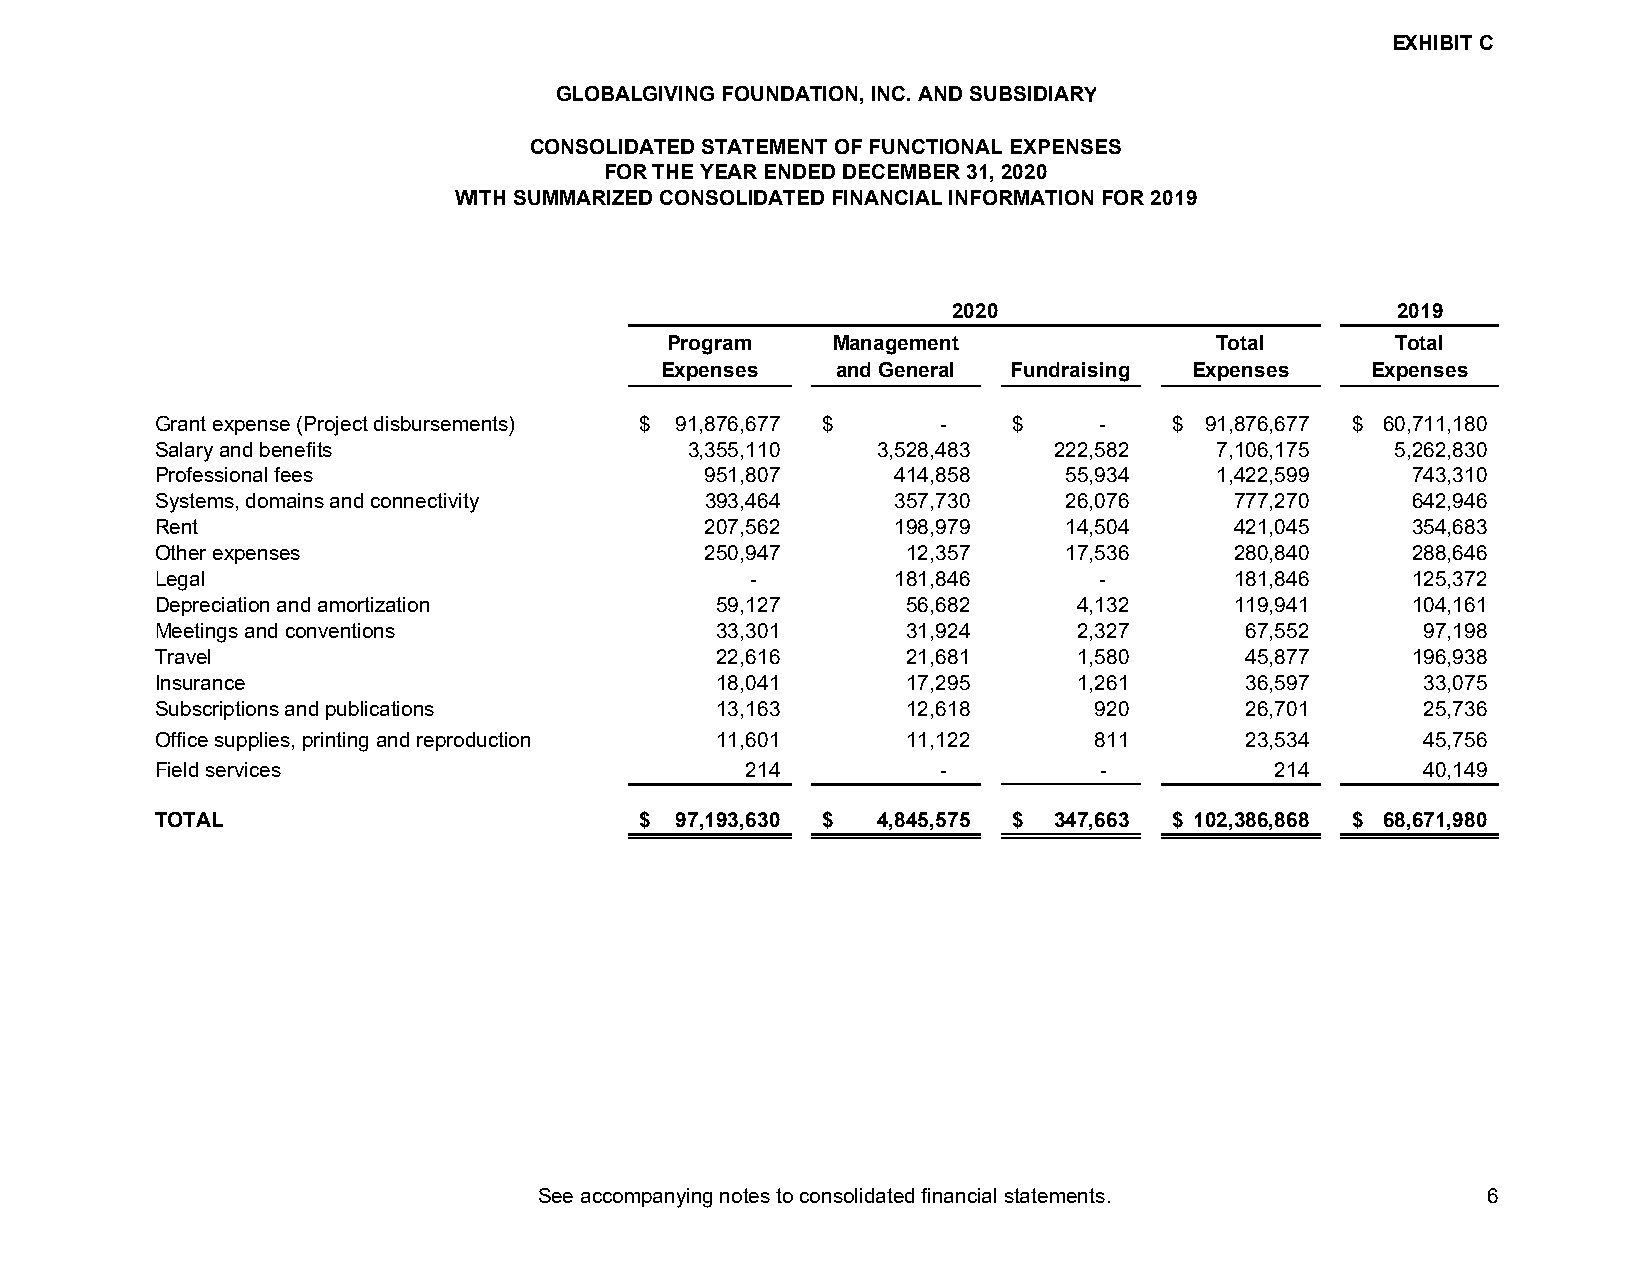
EXHIBIT C
 GLOBALGIVING FOUNDATION, INC. AND SUBSIDIARY
 CONSOLIDATED STATEMENT OF FUNCTIONAL EXPENSES
 FOR THE YEAR ENDED DECEMBER 31, 2020
 WITH SUMMARIZED CONSOLIDATED FINANCIAL INFORMATION FOR 2019
 2020                         2019
 Program    Management               Total       Total
 Expenses   and General Fundraising Expenses    Expenses
 Grant expense (Project disbursements) $ 91,876,677 $ -   $     -    $ 9 1,876,677 $ 60,711,180
 Salary and benefits                 3,355,110   3,528,483   222,582    7 ,106,175 5,262,830
 Professional fees                    951,807     414,858     55,934    1 ,422,599  743,310
 Systems, domains and connectivity    393,464     357,730     26,076     7 77,270   642,946
 Rent                                 207,562     198,979     14,504     4 21,045   354,683
 Other expenses                       250,947      12,357     17,536     2 80,840   288,646
 Legal                                   -        181,846       -        1 81,846   125,372
 Depreciation and amortization        59,127       56,682     4,132      1 19,941   104,161
 Meetings and conventions             33,301       31,924     2,327      6 7,552     97,198
 Travel                               22,616       21,681     1,580      4 5,877    196,938
 Insurance                            18,041       17,295     1,261      3 6,597     33,075
 Subscriptions and publications       13,163       12,618      920       2 6,701     25,736
 Office supplies, printing and reproduction 11,601 11,122      811       2 3,534     45,756
 Field services                         214          -          -          2 14      40,149
 TOTAL                           $  97,193,630 $ 4,845,575 $ 347,663 $ 1 02,386,868 $ 68,671,980
 See accompanying notes to consolidated financial statements.  6